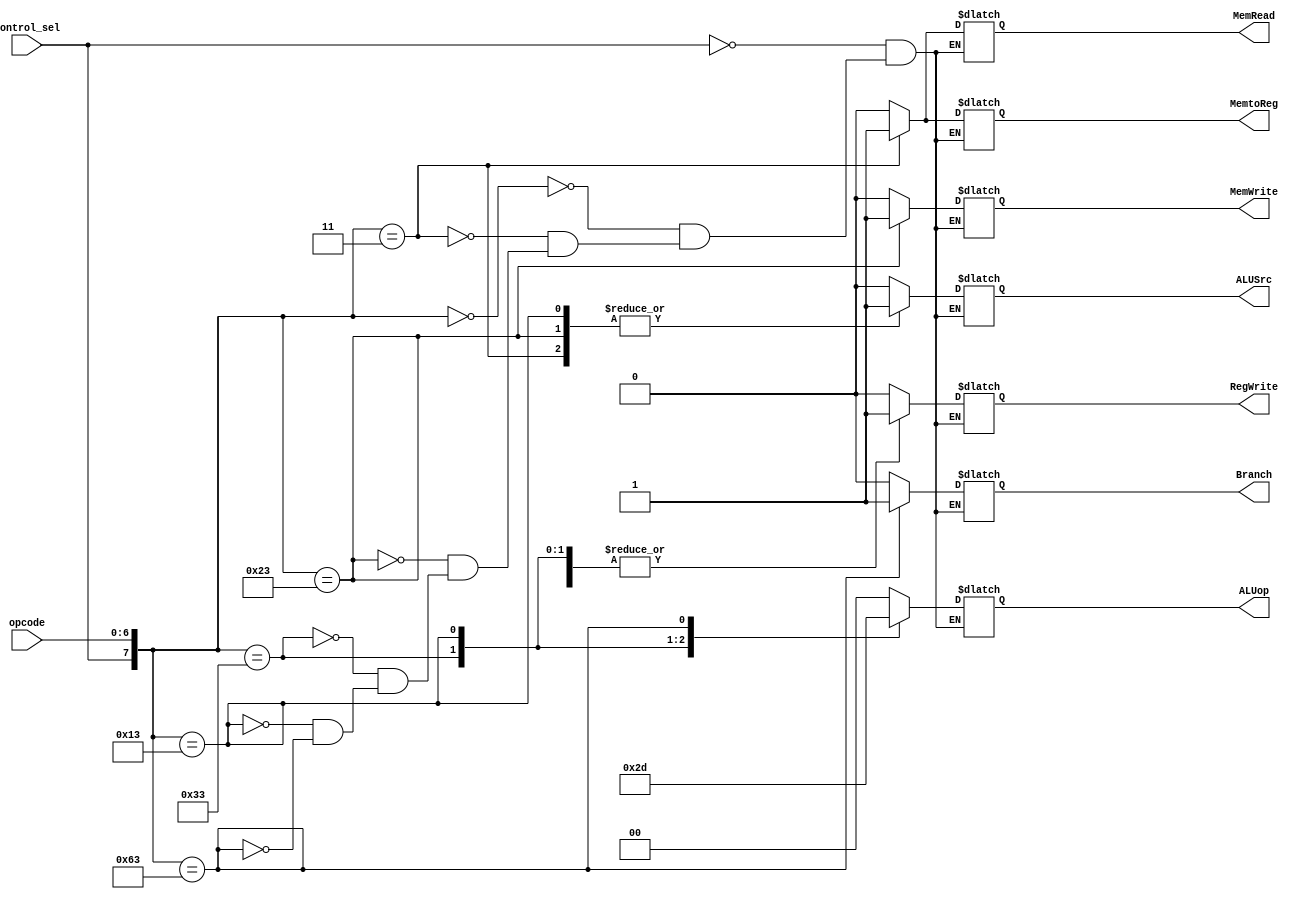
////////////////////////////////////////CONTROL_PATH_MODULE///////////////////////////////////////////////////      
module control_path(opcode,control_sel,Branch,MemRead,MemtoReg,ALUop,MemWrite,ALUSrc,RegWrite);
  
  input [6:0] opcode;
  input control_sel;
  output reg MemRead,MemtoReg,MemWrite,RegWrite,Branch,ALUSrc;
  output reg [1:0] ALUop;
  
  always@(opcode,control_sel) begin
    casex({control_sel,opcode})
      8'b1xxxxxxx: {ALUSrc,MemtoReg,RegWrite,MemRead,MemWrite,Branch,ALUop} <= 8'b00000000; //nop from hazard unit
      8'b00000000: {ALUSrc,MemtoReg,RegWrite,MemRead,MemWrite,Branch,ALUop} <= 8'b00000000; //nop from ISA
      8'b00000011: {ALUSrc,MemtoReg,RegWrite,MemRead,MemWrite,Branch,ALUop} <= 8'b11110000; //lw
      8'b00100011: {ALUSrc,MemtoReg,RegWrite,MemRead,MemWrite,Branch,ALUop} <= 8'b10001000; //sw
      8'b00110011: {ALUSrc,MemtoReg,RegWrite,MemRead,MemWrite,Branch,ALUop} <= 8'b00100010; //R32-format
      8'b00010011: {ALUSrc,MemtoReg,RegWrite,MemRead,MemWrite,Branch,ALUop} <= 8'b10100011; //Register32-Immediate Arithmetic Instructions
      8'b01100011: {ALUSrc,MemtoReg,RegWrite,MemRead,MemWrite,Branch,ALUop} <= 8'b00000101; //branch instructions
    endcase
  end

endmodule
//////////////////////////////////////////////////////////////////////////////////////////////////////////////